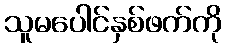
သူမပေါင်နှစ်ဖက်ကို